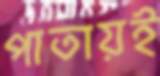
পাতায়ই